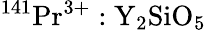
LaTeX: \mathrm{^{141}Pr^{3+}:Y_{2}SiO_{5}}